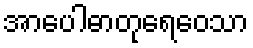
အာပေါဓာတုရေဝေသာ